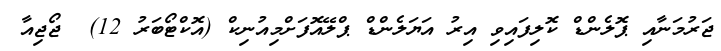
ޖަރުމަނާއި ޕޮލެންޑް ކޮލިފައިވި އިރު އަަޔަލެންޑް ޕްލޭއޮފަށްމިއުނިކް (އޮކްޓޯބަރު 12)  ޖޯޖިއާ